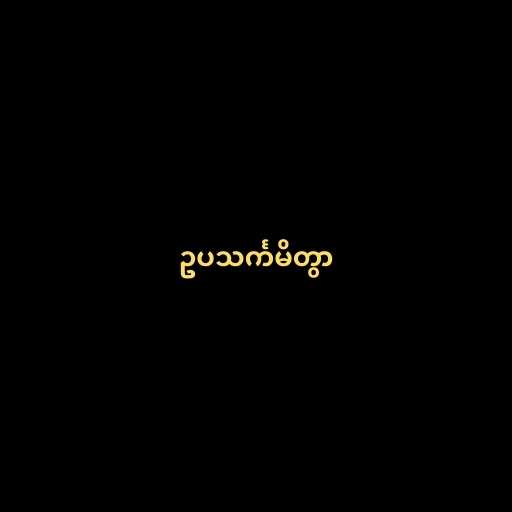
ဥပသင်္ကမိတွာ